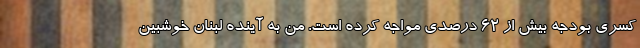
کسری بودجه بیش از ۶۲ درصدی مواجه کرده است. من به آینده لبنان خوشبین